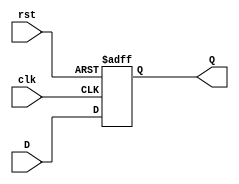
`timescale 1ns / 1ps
//////////////////////////////////////////////////////////////////////////////////
// Company: 
// Engineer: 
// 
// Design Name: 
// Module Name:    DFF 
// Project Name: 
// Target Devices: 
// Tool versions: 
// Description: 
//
// Dependencies: 
//
// Revision: 
// Revision 0.01 - File Created
// Additional Comments: 
//
//////////////////////////////////////////////////////////////////////////////////

module DFF(D, clk, Q, rst);
	input D; 					// Data input 
	input rst;
	input clk; 					// clock input 
	output reg Q; 				// output Q 
		
	initial begin 
		Q = 0;
	end
	
	always @(posedge clk or posedge rst) 
		begin
			if (rst)
				Q <= 0;
			else
				Q <= D; 
		end 
endmodule